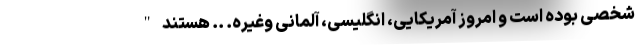
شخصی بوده است و امروز آمریکایی، انگلیسی، آلمانی وغیره. .. هستند "